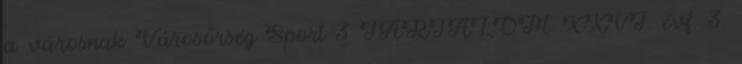
a városnak Városőrség Sport 3 TARTALOM XXVI. évf. 3.